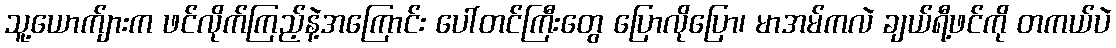
သူ့ယောက်ျားက ဖင်လိုက်ကြည့်နဲ့အကြောင်း ပေါ်တင်ကြီးတွေ ပြောလိုပြော၊ မာအမ်ကလဲ ချယ်ရီ့ဖင်ကို တကယ်ပဲ